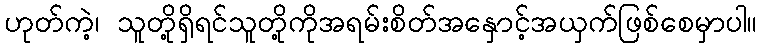
ဟုတ်ကဲ့၊ သူတို့ရှိရင်သူတို့ကိုအရမ်းစိတ်အနှောင့်အယှက်ဖြစ်စေမှာပါ။